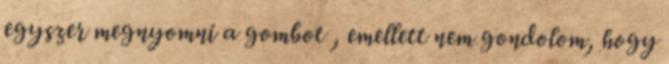
egyszer megnyomni a gombot , emellett nem gondolom, hogy